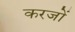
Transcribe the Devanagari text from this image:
करजों